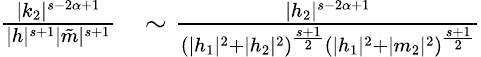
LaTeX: \begin{array}{rl}{\frac{|k_{2}|^{s-2\alpha+1}}{|h|^{s+1}|\tilde{m}|^{s+1}}}&{\sim\frac{|h_{2}|^{s-2\alpha+1}}{(|h_{1}|^{2}+|h_{2}|^{2})^{\frac{s+1}{2}}(|h_{1}|^{2}+|m_{2}|^{2})^{\frac{s+1}{2}}}}\end{array}